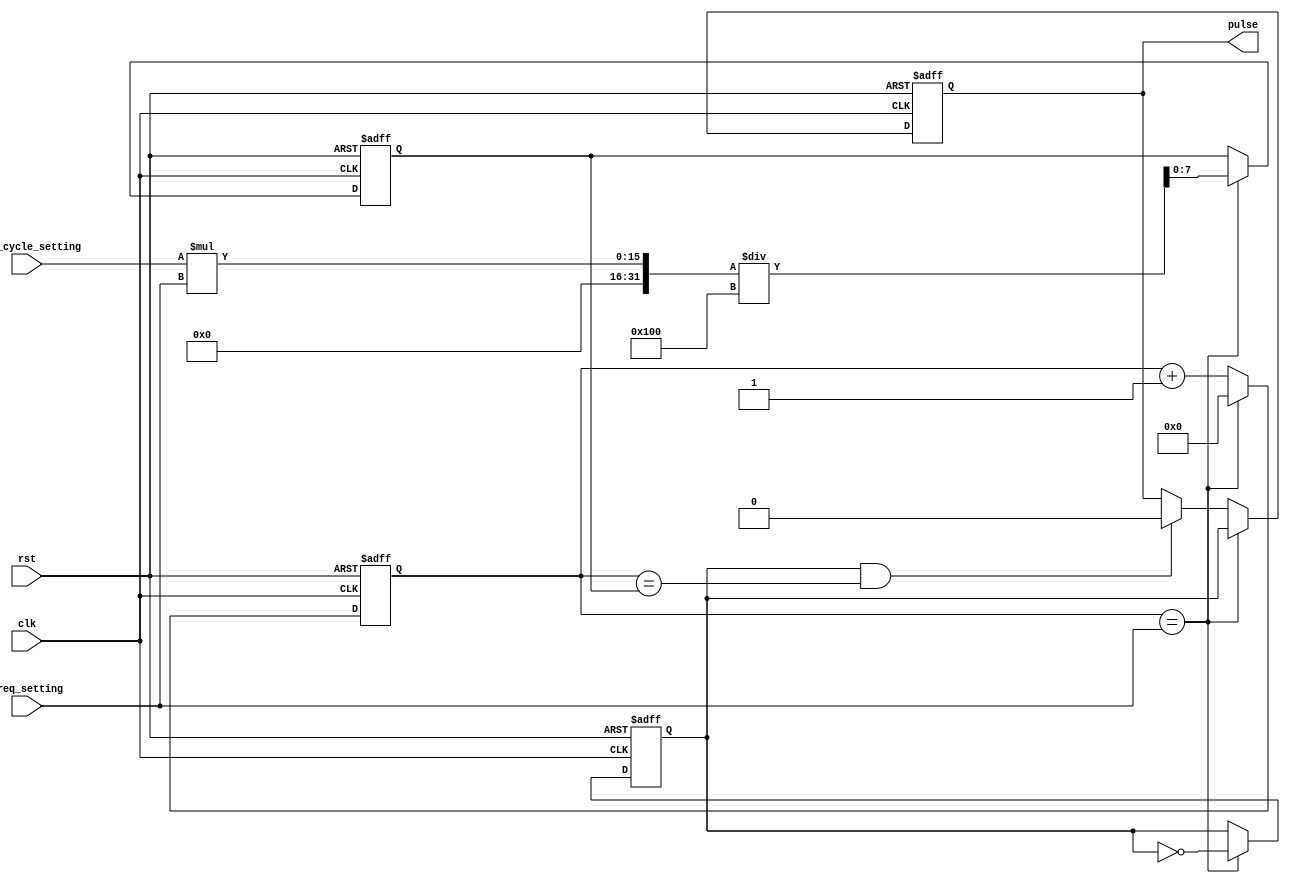
module PulseGenerator(
    input wire clk, 
    input wire rst, 
    input wire [7:0] freq_setting, 
    input wire [7:0] duty_cycle_setting, 
    output reg pulse
);

reg [7:0] count = 8'b0;
reg [7:0] pulse_width = 8'b0;
reg pulse_state = 1'b0;

always @(posedge clk or posedge rst) begin
    if (rst) begin
        count <= 8'b0;
        pulse_width <= 8'b0;
        pulse_state <= 1'b0;
        pulse <= 1'b0;
    end else begin
        if (count == freq_setting) begin
            count <= 8'b0;
            pulse <= pulse_state;
            pulse_state <= ~pulse_state;
            pulse_width <= (duty_cycle_setting * freq_setting) / 256;
        end else begin
            if (pulse_state && (count == pulse_width)) begin
                pulse <= 1'b0;
            end
            count <= count + 1;
        end
    end
end

endmodule